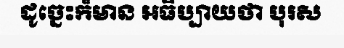
ដូច្នេះក៏មាន អធិប្បាយថា បុរស